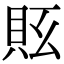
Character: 𧵇